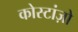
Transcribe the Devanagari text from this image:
कोस्टांज़ो